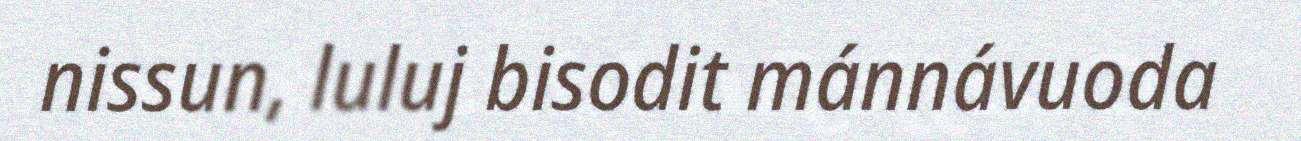
nissun, luluj bisodit mánnávuoda